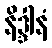
နိဒ္ဒါနံ